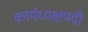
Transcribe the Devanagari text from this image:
कार्यध्यक्षपदी